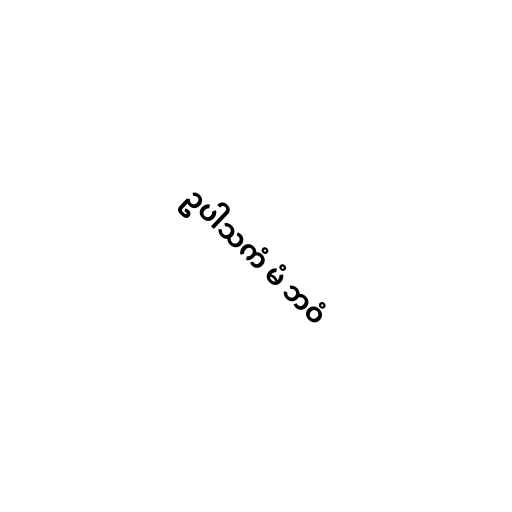
ဥပါသကံ မံ ဘဝံ